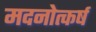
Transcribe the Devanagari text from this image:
मदनोत्कर्ष